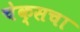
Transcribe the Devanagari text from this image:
चेक्सचा